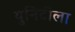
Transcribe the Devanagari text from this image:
युनिटीला